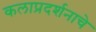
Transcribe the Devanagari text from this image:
कलाप्रदर्शनाचे